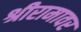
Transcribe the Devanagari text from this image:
श्रीरामावर